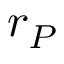
r _ { P }